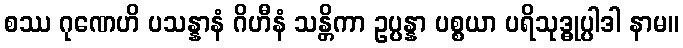
စဿ ဂုဏေဟိ ပသန္နာနံ ဂိဟီနံ သန္တိကာ ဥပ္ပန္နာ ပစ္စယာ ပရိသုဒ္ဓုပ္ပါဒါ နာမ။